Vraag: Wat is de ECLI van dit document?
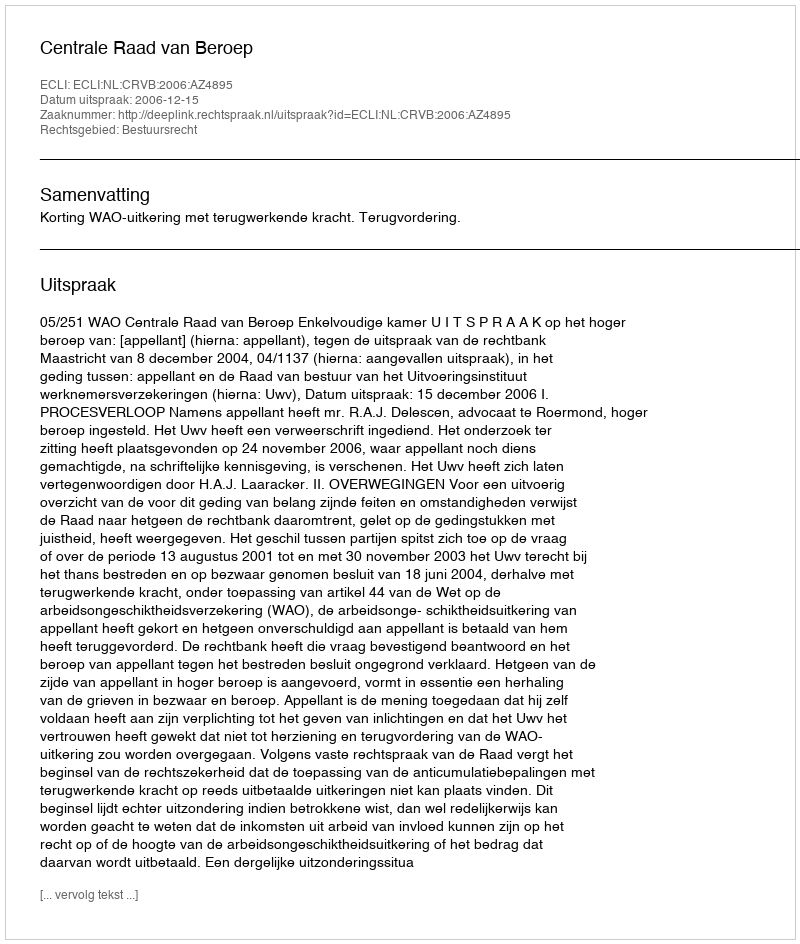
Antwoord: ECLI:NL:CRVB:2006:AZ4895